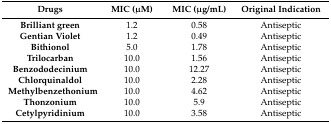
<table><thead><tr><td><b>Drugs</b></td><td><b>MIC (μM)</b></td><td><b>MIC (μg/mL)</b></td><td><b>Original Indication</b></td></tr></thead><tbody><tr><td><b>Brilliant green</b></td><td>1.2</td><td>0.58</td><td>Antiseptic</td></tr><tr><td><b>Gentian Violet</b></td><td>1.2</td><td>0.49</td><td>Antiseptic</td></tr><tr><td><b>Bithionol</b></td><td>5.0</td><td>1.78</td><td>Antiseptic</td></tr><tr><td><b>Trilocarban</b></td><td>10.0</td><td>1.56</td><td>Antiseptic</td></tr><tr><td><b>Benzododecinium</b></td><td>10.0</td><td>12.27</td><td>Antiseptic</td></tr><tr><td><b>Chlorquinaldol</b></td><td>10.0</td><td>2.28</td><td>Antiseptic</td></tr><tr><td><b>Methylbenzethonium</b></td><td>10.0</td><td>4.62</td><td>Antiseptic</td></tr><tr><td><b>Thonzonium</b></td><td>10.0</td><td>5.9</td><td>Antiseptic</td></tr><tr><td><b>Cetylpyridinium</b></td><td>10.0</td><td>3.58</td><td>Antiseptic</td></tr></tbody></table>